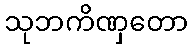
သုဘကိဏှတော